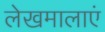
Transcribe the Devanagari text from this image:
लेखमालाएं